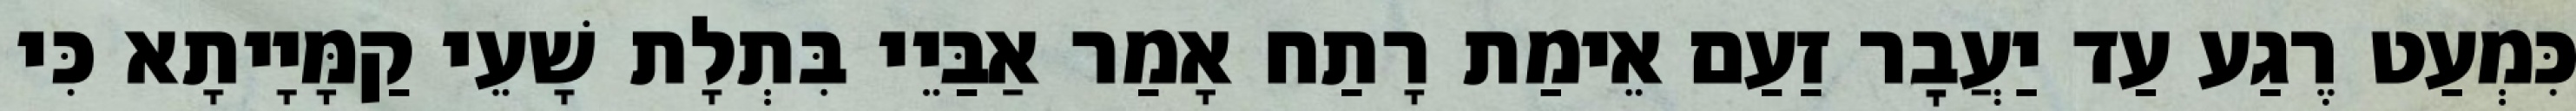
כִּמְעַט רֶגַע עַד יַעֲבׇר זַעַם אֵימַת רָתַח אָמַר אַבַּיֵי בִּתְלָת שָׁעֵי קַמָּיָיתָא כִּי